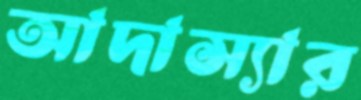
আদাস্যার